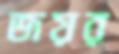
জয়র